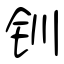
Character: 钏